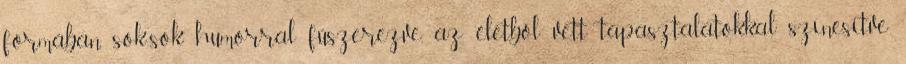
formában, sok-sok humorral fűszerezve, az életből vett tapasztalatokkal színesítve